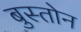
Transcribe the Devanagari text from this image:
बुस्तोन